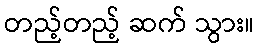
တည့်တည့် ဆက် သွား။